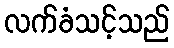
လက်ခံသင့်သည်